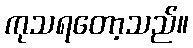
ကုသရတော့သည်။